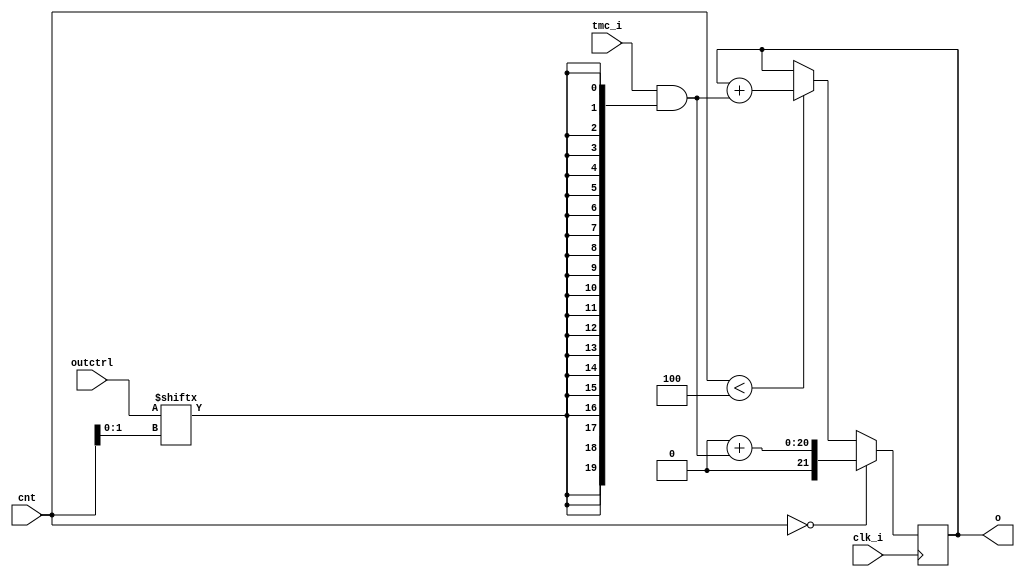
`timescale 1ns / 1ps
// ============================================================================
//	(C) 2007,2012  Robert Finch
//	All rights reserved.
//	robfinch<remove>@opencores.org
//
//	PSGChannelSummer.v 
//		Sums the channel outputs.
//
//
// This source file is free software: you can redistribute it and/or modify 
// it under the terms of the GNU Lesser General Public License as published 
// by the Free Software Foundation, either version 3 of the License, or     
// (at your option) any later version.                                      
//                                                                          
// This source file is distributed in the hope that it will be useful,      
// but WITHOUT ANY WARRANTY; without even the implied warranty of           
// MERCHANTABILITY or FITNESS FOR A PARTICULAR PURPOSE.  See the            
// GNU General Public License for more details.                             
//                                                                          
// You should have received a copy of the GNU General Public License        
// along with this program.  If not, see <http://www.gnu.org/licenses/>.    
//
//============================================================================

module PSGChannelSummer(clk_i, cnt, outctrl, tmc_i, o);
input clk_i;			// master clock
input [7:0] cnt;		// select counter
input [3:0] outctrl;	// channel output enable control
input [19:0] tmc_i;		// time-multiplexed channel input
output [21:0] o;		// summed output
reg [21:0] o;

// channel select signal
wire [1:0] sel = cnt[1:0];

always @(posedge clk_i)
	if (cnt==8'd0)
		o <= 22'd0 + (tmc_i & {20{outctrl[sel]}});
	else if (cnt < 8'd4)
		o <= o + (tmc_i & {20{outctrl[sel]}});

endmodule